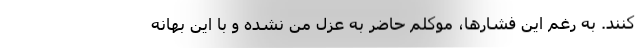
كنند. به ‌رغم اين فشارها، موكلم حاضر به عزل من نشده و با اين بهانه